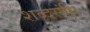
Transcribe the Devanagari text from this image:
शब्दसंधि